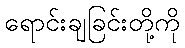
ရောင်းချခြင်းတို့ကို